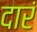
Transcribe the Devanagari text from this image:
दारं